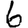
Digit: 6